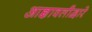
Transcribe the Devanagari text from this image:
आज्ञावलीद्वारे